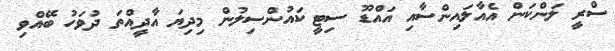
ސްރީ ލަންކަން އެއާލައިންސާއި އައްޑޫ ސިޓީ ކައުންސިލުން މިދިޔަ އާދީއްތަ ދުވަހު ބޭއްވި